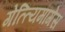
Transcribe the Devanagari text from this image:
गेत्त्यिमागेस